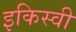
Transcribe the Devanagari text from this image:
इकिस्वी